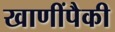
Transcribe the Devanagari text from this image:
खाणींपैकी